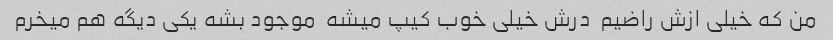
من که خیلی ازش راضیم  درش خیلی خوب کیپ میشه  موجود بشه یکی دیگه هم میخرم